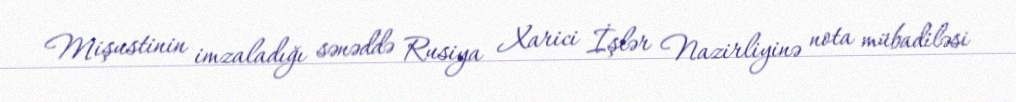
Mişustinin imzaladığı sənəddə Rusiya Xarici İşlər Nazirliyinə nota mübadiləsi